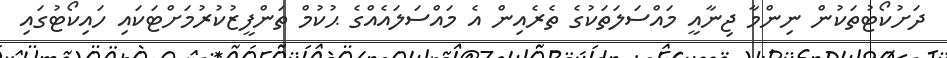
ދަށުކޯޓުތަކުން ނިންމާ ޖިނާއީ މައްސަލަތަކުގެ ތެރެއިން އެ މައްސަލައެއްގެ ޙުކުމް ތަންފީޒުކުރުމަށްޓަކައި ހައިކޯޓުގައި